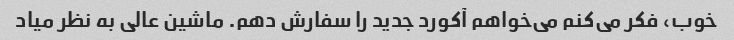
خوب، فکر می‌کنم می‌خواهم آکورد جدید را سفارش دهم. ماشین عالی به نظر میاد